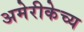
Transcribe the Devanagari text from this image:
अमेरीकेच्य